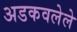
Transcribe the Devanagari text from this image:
अडकवलेले